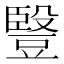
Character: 䝂